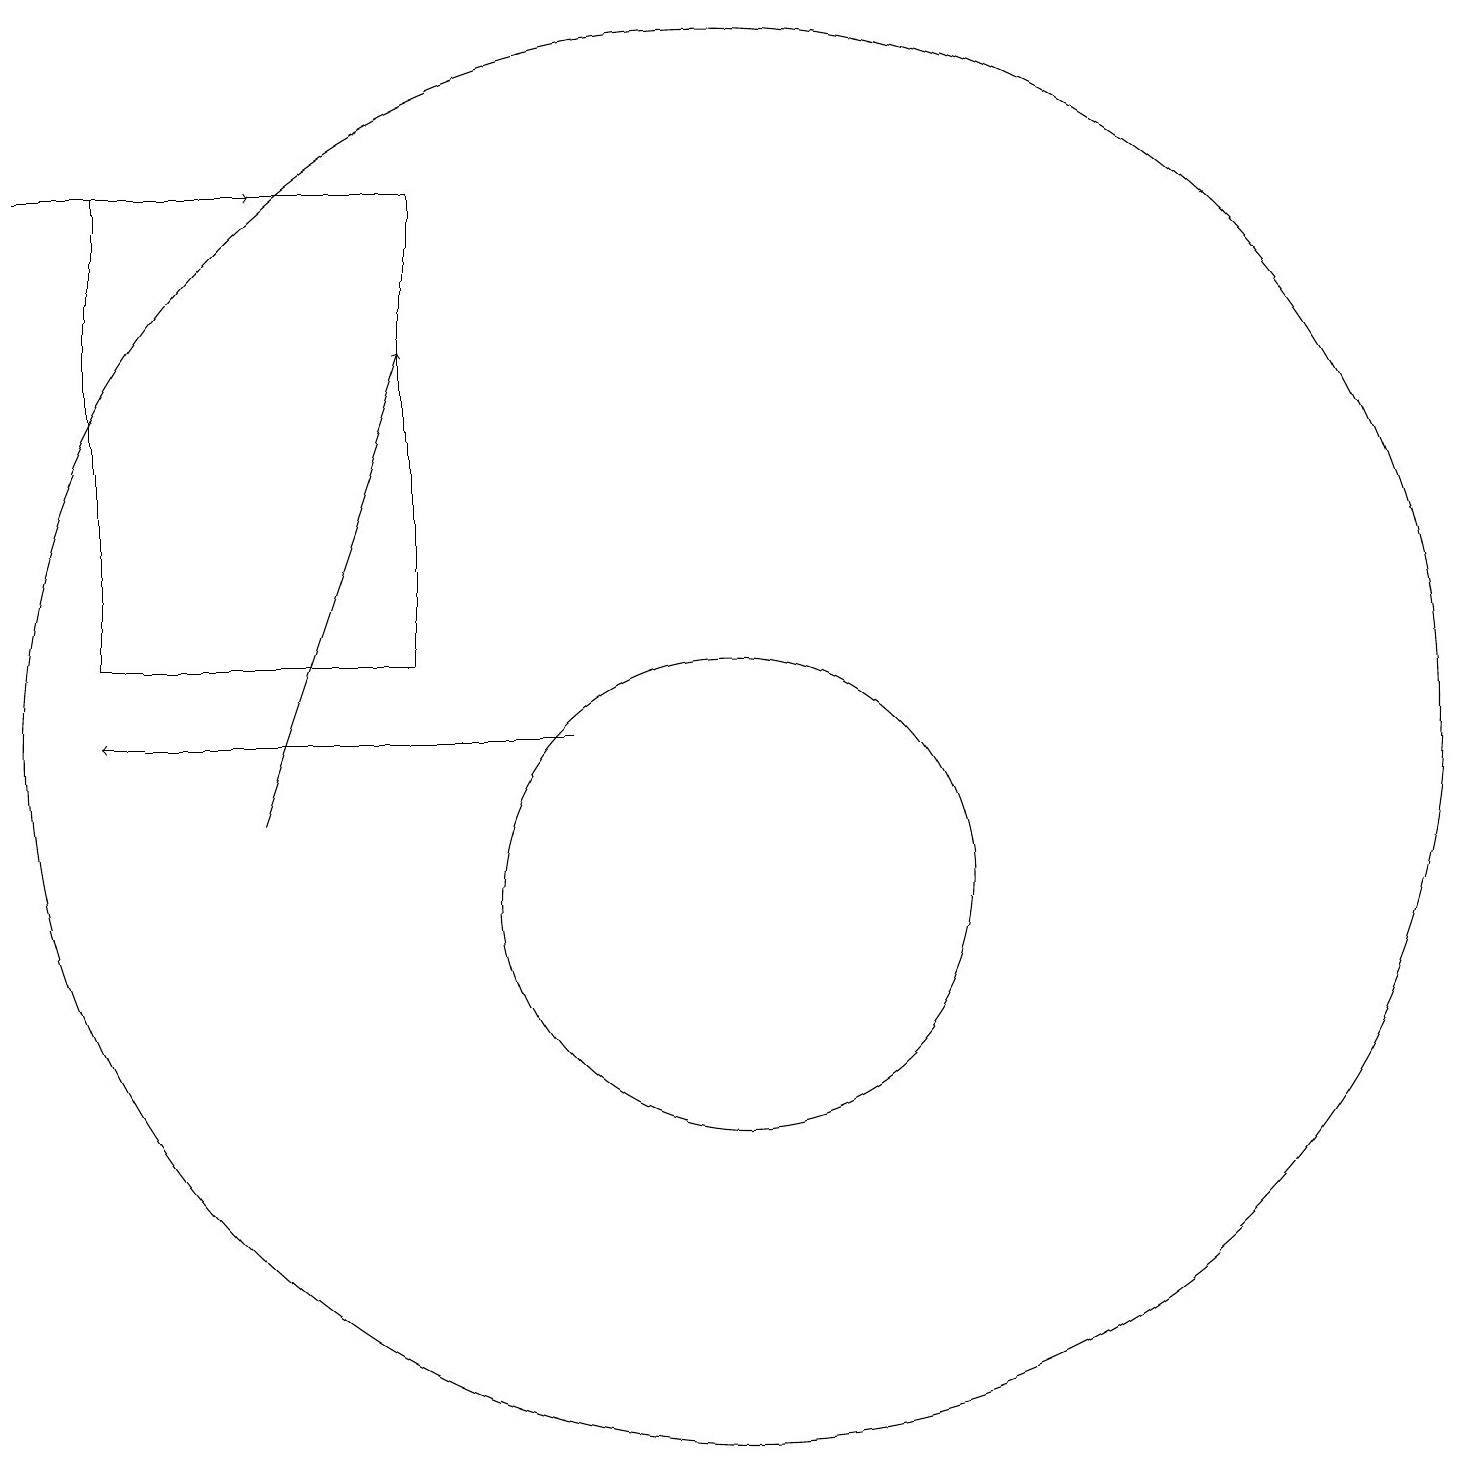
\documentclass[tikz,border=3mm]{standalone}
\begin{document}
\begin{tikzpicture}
\draw (7,19) rectangle (3,13);
\draw (11,12) circle (9);
\draw (11,10) circle (3);
\draw[->] (2,19) -- (5,19);
\draw[->] (9,12) -- (3,12);
\draw[->] (5,11) -- (7,17);
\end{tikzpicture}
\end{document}